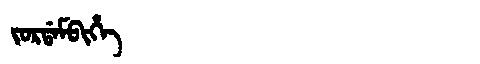
Manchu: ᠵᠣᡵᡩᠠᠮᠪᡳᡥᡝ
Romanization: JORDAMBIHE